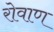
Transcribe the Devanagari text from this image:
रोवाण